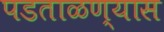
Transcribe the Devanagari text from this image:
पडताळण्यास